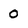
Character: 0